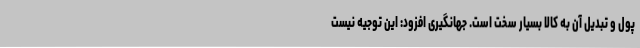
پول و تبدیل آن به کالا بسیار سخت است. جهانگیری افزود: این توجیه نیست